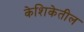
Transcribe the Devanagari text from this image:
केशिकेतील